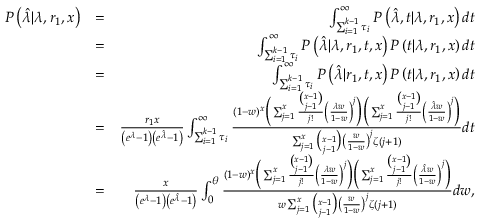
\begin{array} { r l r } { P \left( \hat { \lambda } | \lambda , r _ { 1 } , x \right) } & { = } & { \int _ { \sum _ { i = 1 } ^ { k - 1 } \tau _ { i } } ^ { \infty } P \left( \hat { \lambda } , t | \lambda , r _ { 1 } , x \right) d t } \\ & { = } & { \int _ { \sum _ { i = 1 } ^ { k - 1 } \tau _ { i } } ^ { \infty } P \left( \hat { \lambda } | \lambda , r _ { 1 } , t , x \right) P \left( t | \lambda , r _ { 1 } , x \right) d t } \\ & { = } & { \int _ { \sum _ { i = 1 } ^ { k - 1 } \tau _ { i } } ^ { \infty } P \left( \hat { \lambda } | r _ { 1 } , t , x \right) P \left( t | \lambda , r _ { 1 } , x \right) d t } \\ & { = } & { \frac { r _ { 1 } x } { \left( e ^ { \lambda } - 1 \right) \left( e ^ { \hat { \lambda } } - 1 \right) } \int _ { \sum _ { i = 1 } ^ { k - 1 } \tau _ { i } } ^ { \infty } \frac { ( 1 - w ) ^ { x } \Big ( \sum _ { j = 1 } ^ { x } \frac { \binom { x - 1 } { j - 1 } } { j ! } \left( \frac { \lambda w } { 1 - w } \right) ^ { j } \Big ) \Big ( \sum _ { j = 1 } ^ { x } \frac { \binom { x - 1 } { j - 1 } } { j ! } \left( \frac { \hat { \lambda } w } { 1 - w } \right) ^ { j } \Big ) } { \sum _ { j = 1 } ^ { x } \binom { x - 1 } { j - 1 } \left( \frac { w } { 1 - w } \right) ^ { j } \zeta ( j + 1 ) } d t } \\ & { = } & { \frac { x } { \left( e ^ { \lambda } - 1 \right) \left( e ^ { \hat { \lambda } } - 1 \right) } \int _ { 0 } ^ { \theta } \frac { ( 1 - w ) ^ { x } \Big ( \sum _ { j = 1 } ^ { x } \frac { \binom { x - 1 } { j - 1 } } { j ! } \left( \frac { \lambda w } { 1 - w } \right) ^ { j } \Big ) \Big ( \sum _ { j = 1 } ^ { x } \frac { \binom { x - 1 } { j - 1 } } { j ! } \left( \frac { \hat { \lambda } w } { 1 - w } \right) ^ { j } \Big ) } { w \sum _ { j = 1 } ^ { x } \binom { x - 1 } { j - 1 } \left( \frac { w } { 1 - w } \right) ^ { j } \zeta ( j + 1 ) } d w , } \end{array}